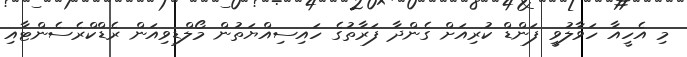
މި އެހީއާ ހަވާލުވީ ފަންޑް ކުރިއަށް ގެންދާ ފަރާތުގެ ހައިސިއްޔަތުން މޯލްޑިވިއަން ރެޑްކްރެސެންޓާއި